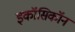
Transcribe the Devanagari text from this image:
इकॉसिकॉन